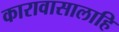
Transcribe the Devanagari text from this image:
कारावासालाहि